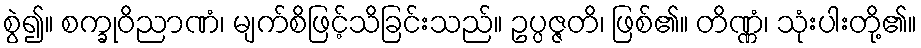
စွဲ၍။ စက္ခုဝိညာဏံ၊ မျက်စိဖြင့်သိခြင်းသည်။ ဥပ္ပဇ္ဇတိ၊ ဖြစ်၏။ တိဏ္ဏံ၊ သုံးပါးတို့၏။